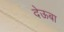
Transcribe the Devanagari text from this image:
देऊबा